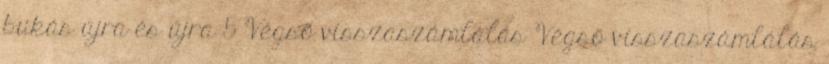
bukás újra és újra 5 Végső visszaszámlálás Végső visszaszámlálás